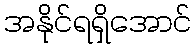
အနိုင်ရရှိအောင်